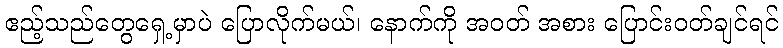
ဧည့်သည်တွေရှေ့မှာပဲ ပြောလိုက်မယ်၊ နောက်ကို အဝတ် အစား ပြောင်းဝတ်ချင်ရင်